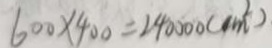
6 0 0 \times 4 0 0 = 2 4 0 0 0 0 ( c m ^ { 2 } )